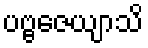
ပဗ္ဗဇေယျာသိ